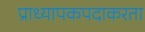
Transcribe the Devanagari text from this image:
प्राध्यापकपदाकरता